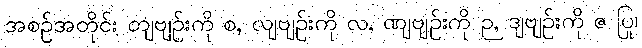
အစဉ်အတိုင်း တျဗျဉ်းကို စ, လျဗျဉ်းကို လ, ဏျဗျဉ်းကို ဉ, ဒျဗျဉ်းကို ဇ ပြု၊